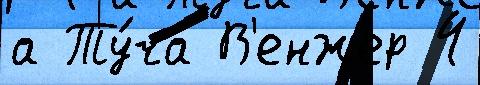
а Ту́ча В'енжер 4